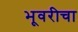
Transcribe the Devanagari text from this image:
भूवरीचा